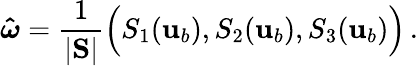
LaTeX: \boldsymbol{\hat{\omega}}=\frac{1}{|\mathbf{S}|}\Big(S_{1}({\mathbf{u}}_{b}),S_{2}({\mathbf{u}}_{b}),S_{3}({\mathbf{u}}_{b})\Big)\, .